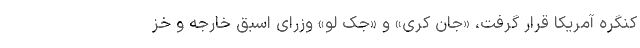
کنگره آمریکا قرار گرفت، «جان کری» و «جک لو» وزرای اسبق خارجه و خز